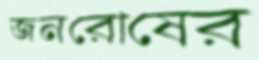
জনরোষের